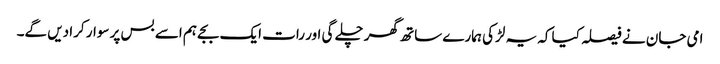
امی جان نے فیصلہ کیا کہ یہ لڑکی ہمارے ساتھ گھر چلے گی اور رات ایک بجے ہم اسے بس پر سوار کرا دیں گے۔